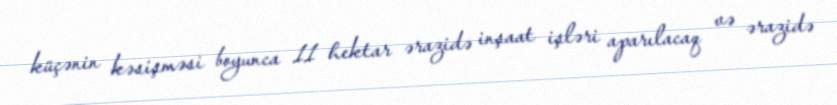
küçənin kəsişməsi boyunca 11 hektar ərazidə inşaat işləri aparılacaq və ərazidə